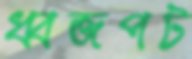
ধ্বজপট